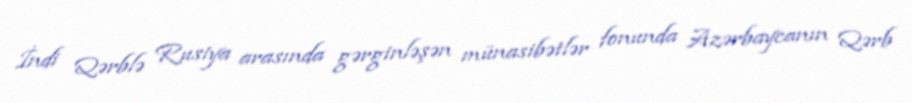
İndi Qərblə Rusiya arasında gərginləşən münasibətlər fonunda Azərbaycanın Qərb